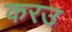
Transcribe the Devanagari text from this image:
करउ